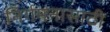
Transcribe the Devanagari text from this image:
निर्गमनासाठी